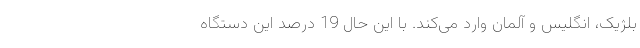
بلژیک، انگلیس و آلمان وارد می‌کند. با این حال 19 درصد این دستگاه‌